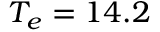
T _ { e } = 1 4 . 2